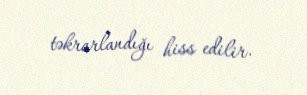
təkrarlandığı hiss edilir.